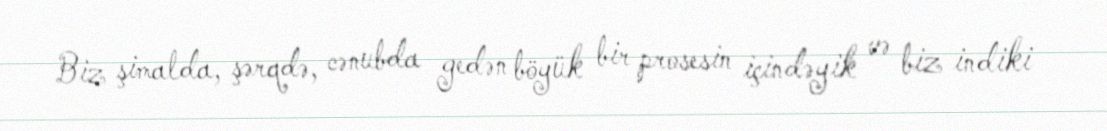
Biz şimalda, şərqdə, cənubda gedən böyük bir prosesin içindəyik və biz indiki